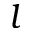
l